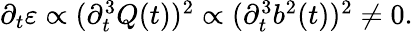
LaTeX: \begin{array}{r}{\partial_{t}\varepsilon\propto(\partial_{t}^{3}Q(t))^{2}\propto(\partial_{t}^{3}b^{2}(t))^{2}\neq 0.}\end{array}